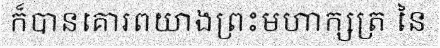
ក៏បានគោរពយាងព្រះមហាក្សត្រ នៃ